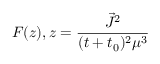
F ( z ) , z = \frac { \vec { J } ^ { 2 } } { ( t + t _ { 0 } ) ^ { 2 } \mu ^ { 3 } }